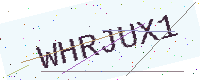
Text: WHRJUX1